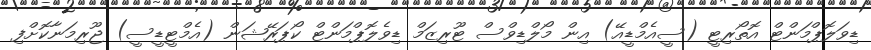
ޑިވަލޮޕްމަންޓް އޮތޯރިޓީ (ސީއެމްޑީއޭ) އިން މޯލްޑިވްސް ޓޫރިޒަމް ޑިވެލޮޕްމަންޓް ކޯޕަރޭޝަން (އެމްޓީޑީސީ) ޖޫރިމަނާކޮށްފި